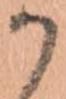
か